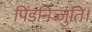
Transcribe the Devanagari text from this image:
पिंडनिज्जुति।